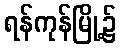
ရန်ကုန်မြို့၌